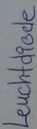
Text: Leuchtdiode